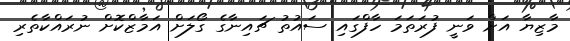
މާޒިޔާ އަށް ވަނީ ފުރަތަމަ ހާފްގައި ސައުތު ޗައިނާގެ ގޯލަށް އަމާޒްކޮށް ނުރައްކާތެރި